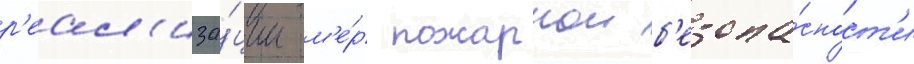
р'еал'иза́ции м'е́р пожарнои б'езопа́сност'и